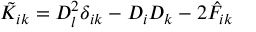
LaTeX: \tilde { K } _ { i k } = D _ { l } ^ { 2 } \delta _ { i k } - D _ { i } D _ { k } - 2 \hat { F } _ { i k }